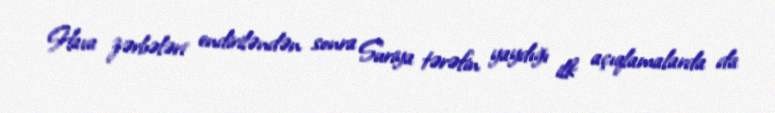
Hava zərbələri endiriləndən sonra Suriya tərəfin yaydığı ilk açıqlamalarda da